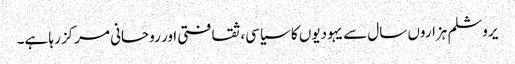
یروشلم ہزاروں سال سے یہودیوں کا سیاسی، ثقافتی اور روحانی مرکز رہا ہے۔